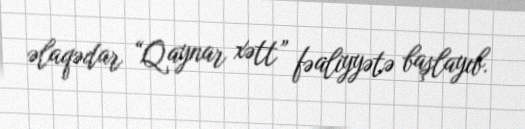
əlaqədar “Qaynar xətt” fəaliyyətə başlayıb.